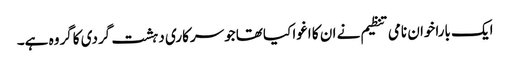
ایک باراخوان نامی تنظیم نے ان کا اغوا کیاتھا جوسرکاری دہشت گردی کاگروہ ہے۔